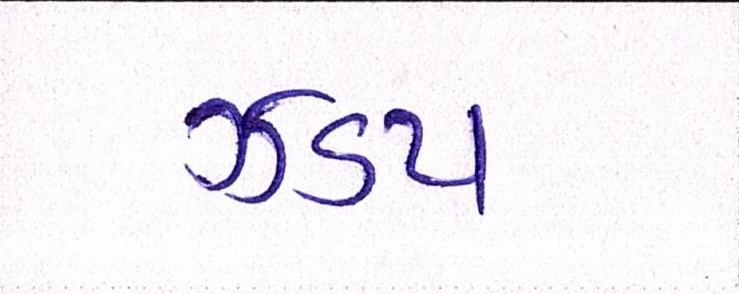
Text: ઝડપ